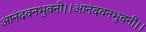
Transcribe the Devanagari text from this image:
आनंदवनभुवनी।।आनंदवनभुवनी।।